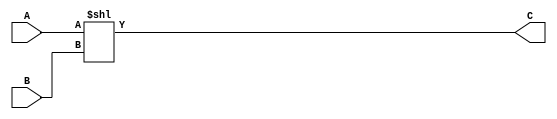

`timescale 1ns / 1ps

/*******************************************************************  
*  
* Module: SLL.v  
* Project: SSRisc  
* Description: shifts a 32 bit input by a given number througha 32 bit input to the left.
*  
* Change history: 28/06/19 - created
*                 
*  **********************************************************************/ 



module SLL(
input [31:0] A, 
input [31:0] B, 
output [31:0] C
    );
  
    assign C = A << B; 
  
endmodule